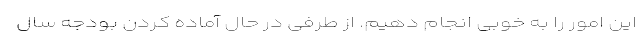
این امور را به خوبی انجام دهیم. از طرفی در حال آماده کردن بودجه سال